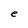
Character: e